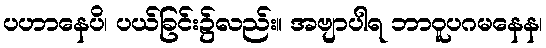
ပဟာနေပိ၊ ပယ်ခြင်း၌လည်း။ အဗျာပါရ ဘာဝူပဂမနေန၊